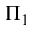
\Pi _ { 1 }